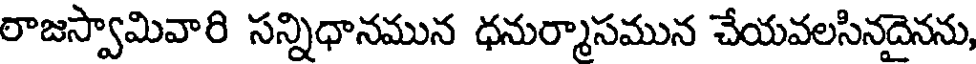
రాజస్వామివారి సన్నిధానమున ధనుర్మాసమున చేయవలసినదైనను,